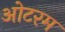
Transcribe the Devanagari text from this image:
ओटरम